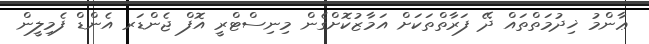
ޢާންމު ޚިދުމަތްތައް ދޭ ފަރާތްތަކަށް އަމާޒުކޮށްގެން މިނިސްޓްރީ އޮފް ޖެންޑަރ އެންޑް ފެމިލީން